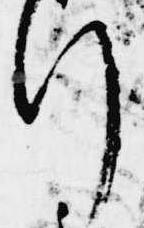
行